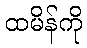
ထမိန်ကို